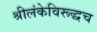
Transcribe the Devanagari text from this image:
श्रीलंकेविरूद्धच